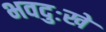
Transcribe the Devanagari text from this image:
भवदुःखे